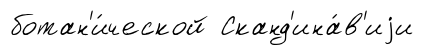
ботан'и́ческой Сканд'ина́в'иjи